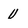
Character: V